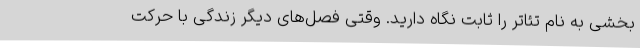
بخشی به نام تئاتر را ثابت نگاه دارید. وقتی فصل‌های دیگر زندگی با حرکت